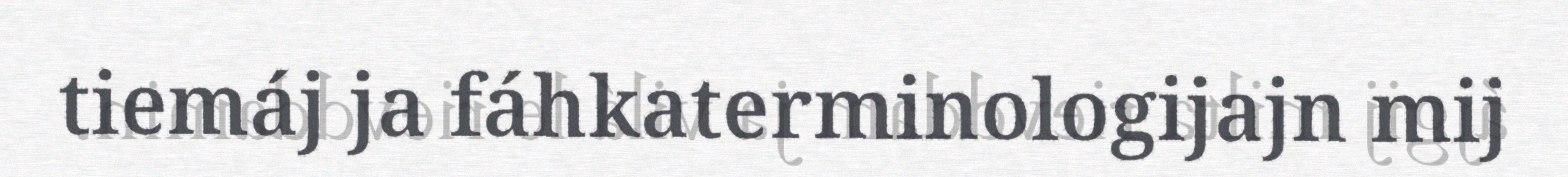
tiemáj ja fáhkaterminologijajn mij